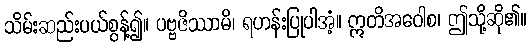
သိမ်းဆည်းပယ်စွန့်၍။ ပဗ္ဗဇိဿာမိ၊ ရဟန်းပြုပါအံ့။ ဣတိအဝေါစ၊ ဤသို့ဆို၏။